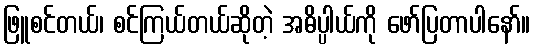
ဖြူစင်တယ်၊ စင်ကြယ်တယ်ဆိုတဲ့ အဓိပ္ပါယ်ကို ဖော်ပြတာပါနော်။